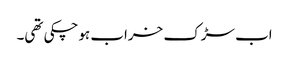
اب سڑک خراب ہوچکی تھی۔